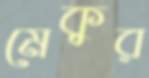
মেকুর